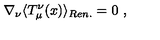
\nabla _ { \nu } \langle T _ { \mu } ^ { \nu } ( x ) \rangle _ { R e n . } = 0 \ ,